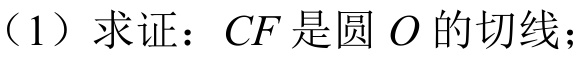
（1）求证：\(CF\) 是圆 \(O\) 的切线；